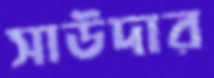
সাউদার